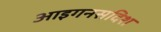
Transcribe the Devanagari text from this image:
आइगनसदिश